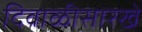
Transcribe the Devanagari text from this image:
दिवाळीसारखे